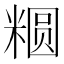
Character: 𱹕